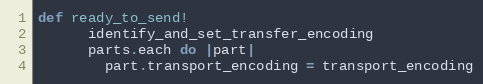
Language: Ruby
def ready_to_send!
      identify_and_set_transfer_encoding
      parts.each do |part|
        part.transport_encoding = transport_encoding